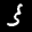
Label: 3